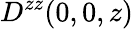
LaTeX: D^{zz}(0,0,z)